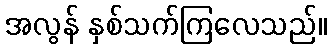
အလွန် နှစ်သက်ကြလေသည်။